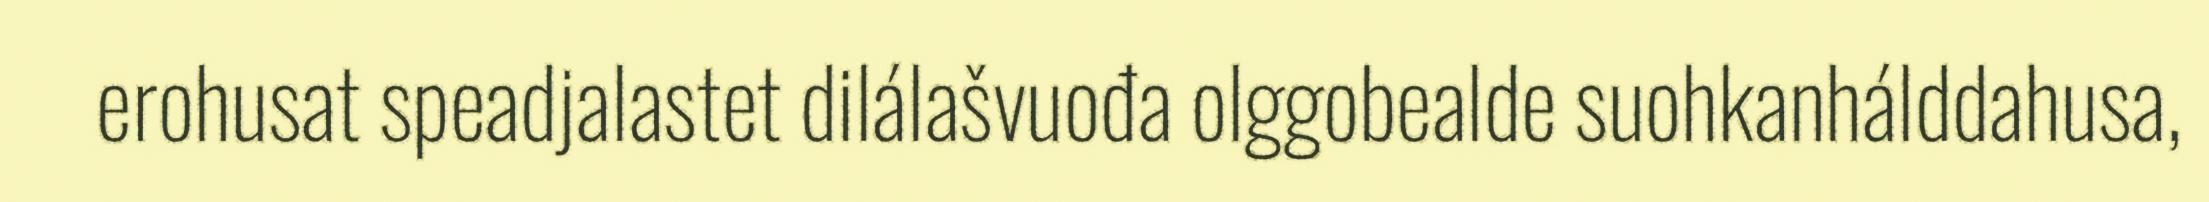
erohusat speadjalastet dilálašvuođa olggobealde suohkanhálddahusa,